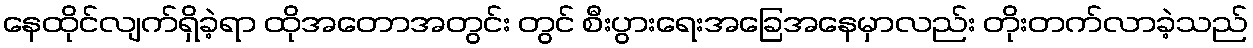
နေထိုင်လျက်ရှိခဲ့ရာ ထိုအတောအတွင်း တွင် စီးပွားရေးအခြေအနေမှာလည်း တိုးတက်လာခဲ့သည်